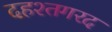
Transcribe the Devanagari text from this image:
दहश्तगरद